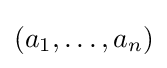
(a_{1},\dots ,a_{n})